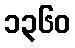
၁၃၆၀